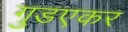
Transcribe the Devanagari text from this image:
गुडएकर